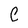
Character: C